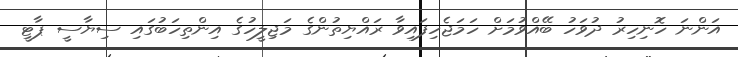
އަންނަ ހޮނިހިރު ދުވަހު ބޭއްވުމަށް ހަމަޖެހިފައިވާ ރައްޔިތުންގެ މަޖިލީހުގެ އިންތިހަބުގައި ސިޔާސީ ޕާޓީ